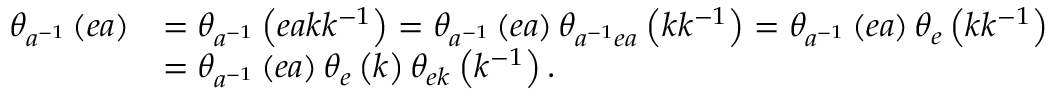
\begin{array} { r l } { \theta _ { a ^ { - 1 } } \left( e a \right) } & { = \theta _ { a ^ { - 1 } } \left( e a k k ^ { - 1 } \right) = \theta _ { a ^ { - 1 } } \left( e a \right) \theta _ { a ^ { - 1 } e a } \left( k k ^ { - 1 } \right) = \theta _ { a ^ { - 1 } } \left( e a \right) \theta _ { e } \left( k k ^ { - 1 } \right) } \\ & { = \theta _ { a ^ { - 1 } } \left( e a \right) \theta _ { e } \left( k \right) \theta _ { e k } \left( k ^ { - 1 } \right) . } \end{array}